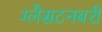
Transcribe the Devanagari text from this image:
ग्लैसटनबरी